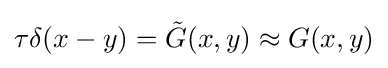
\tau \delta (x-y)={\tilde {G}}(x,y)\approx G(x,y)